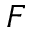
F